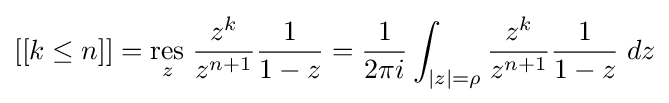
[[k\leq n]]={\underset {z}{\mathrm {res} }}\;{\frac {z^{k}}{z^{n+1}}}{\frac {1}{1-z}}={\frac {1}{2\pi i}}\int _{|z|=\rho }{\frac {z^{k}}{z^{n+1}}}{\frac {1}{1-z}}\;dz